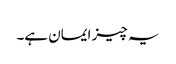
یہ چیز ایمان ہے۔